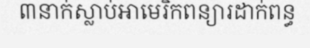
៣នាក់ស្លាប់អាមេរិកពន្យារដាក់ពន្ធ